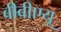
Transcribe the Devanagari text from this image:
बीबीएयू